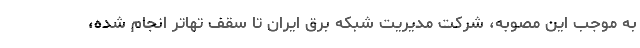
به موجب این مصوبه، شرکت مدیریت شبکه برق ایران تا سقف تهاتر انجام شده،